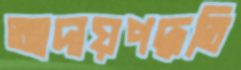
আদায়পদ্ধতি